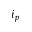
i _ { p }